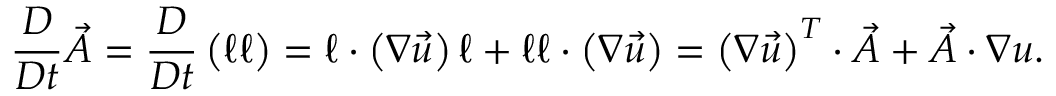
\frac { D } { D t } \vec { A } = \frac { D } { D t } \left( \boldsymbol { \ell } \boldsymbol { \ell } \right) = \boldsymbol { \ell } \cdot \left( \boldsymbol { \nabla } \vec { u } \right) \boldsymbol { \ell } + \boldsymbol { \ell } \boldsymbol { \ell } \cdot \left( \boldsymbol { \nabla } \vec { u } \right) = \left( \boldsymbol { \nabla } \vec { u } \right) ^ { T } \cdot \vec { A } + \vec { A } \cdot \boldsymbol { \nabla } \boldsymbol { u } .